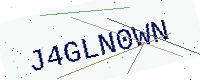
Text: J4GLN0WN